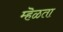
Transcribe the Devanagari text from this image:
म्हॆळता